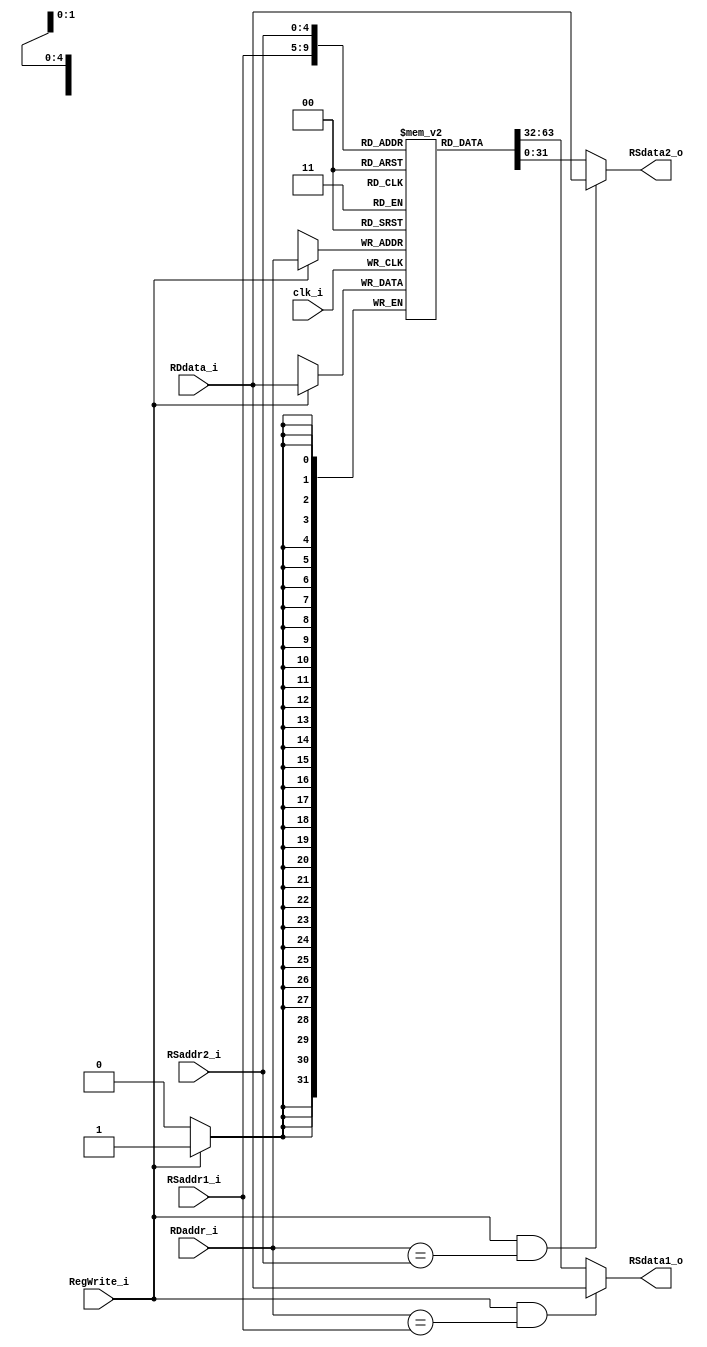
module Registers
(
	clk_i,
	RSaddr1_i,
	RSaddr2_i,
	RDaddr_i, 
	RDdata_i,
	RegWrite_i, 
	RSdata1_o, 
	RSdata2_o 
);

// Ports
input				clk_i;
input	[ 4:0]		RSaddr1_i;
input	[ 4:0]		RSaddr2_i;
input	[ 4:0]		RDaddr_i;
input	[31:0]		RDdata_i;
input				RegWrite_i;
output	[31:0]		RSdata1_o; 
output	[31:0]		RSdata2_o;

// Register File
reg		[31:0]		register	[0:31];

// Read Data
assign RSdata1_o = (RegWrite_i && (RDaddr_i == RSaddr1_i)) ? RDdata_i: register[RSaddr1_i];
assign RSdata2_o = (RegWrite_i && (RDaddr_i == RSaddr2_i)) ? RDdata_i: register[RSaddr2_i];

// Write Data
always@(posedge clk_i) begin
	if (RegWrite_i)
		register[RDaddr_i] = RDdata_i;
	
end

endmodule